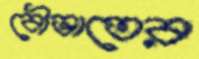
বৌভাতের